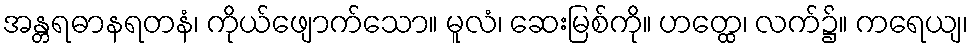
အန္တရဓာနရတနံ၊ ကိုယ်ဖျောက်သော။ မူလံ၊ ဆေးမြစ်ကို။ ဟတ္ထေ၊ လက်၌။ ကရေယျ၊